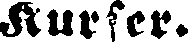
kurser.